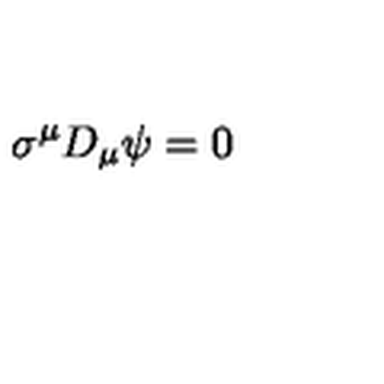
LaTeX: \sigma ^ { \mu } D _ { \mu } \psi = 0